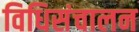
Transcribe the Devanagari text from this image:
विधिसंचालन